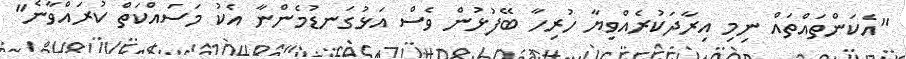
"އެކަންތައްތައް ނިމި އިރާދަކުރެއްވިޔާ ހުރިހާ ބޭފުޅުން ވެސް އަޅުގަނޑުމެންނާ އެކު މަސައްކަތް ކުރައްވާނެ"